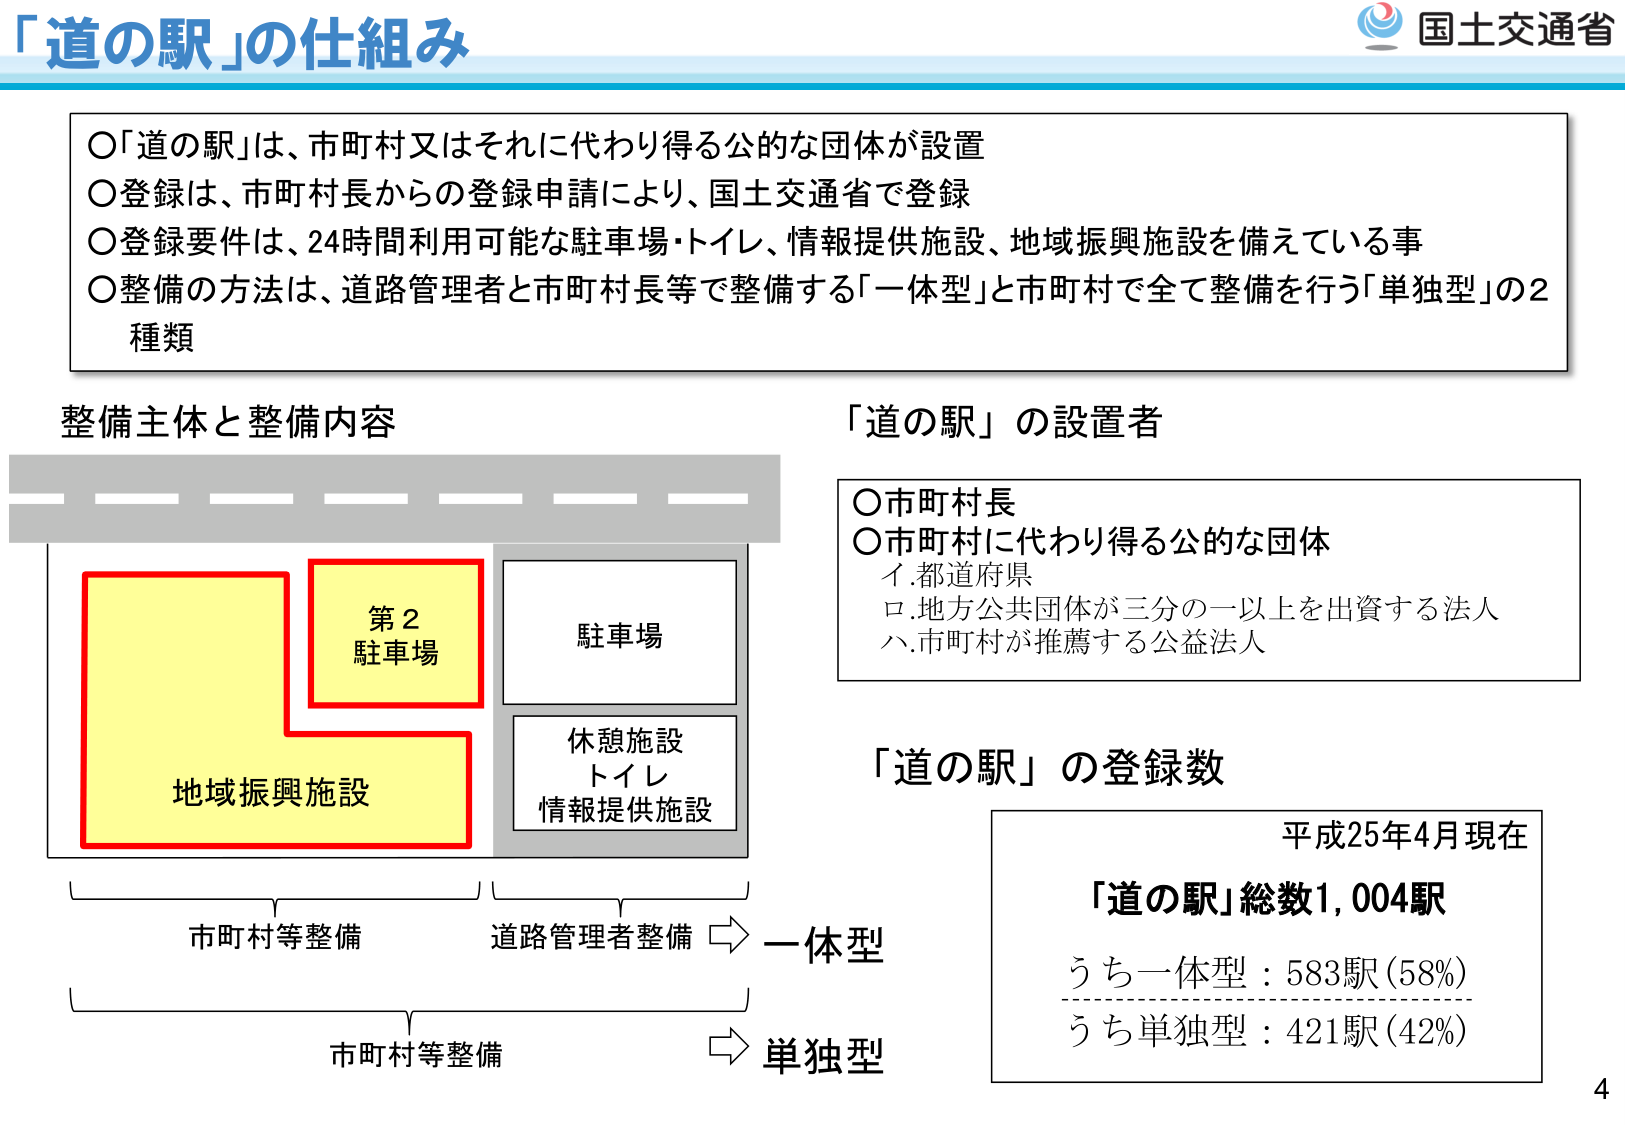
「道の駅」の仕組み

○「道の駅」は、市町村又はそれに代わり得る公的な団体が設置
○登録は、市町村長からの登録申請により、国土交通省で登録
○登録要件は、24時間利用可能な駐車場・トイレ、情報提供施設、地域振興施設を備えている事
○整備の方法は、道路管理者と市町村長等で整備する「一体型」と市町村で全て整備を行う「単独型」の2種類

整備主体と整備内容

第2
駐車場
地域振興施設
駐車場
休憩施設
トイレ
情報提供施設

市町村等整備
道路管理者整備 → 一体型
市町村等整備 → 単独型

「道の駅」の設置者

○市町村長
○市町村に代わり得る公的な団体
　イ.都道府県
　ロ.地方公共団体が三分の一以上を出資する法人
　ハ.市町村が推薦する公益法人

「道の駅」の登録数

平成25年4月現在
「道の駅」総数1,004駅
うち一体型：583駅（58%）
うち単独型：421駅（42%）

国土交通省
4